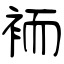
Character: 袻